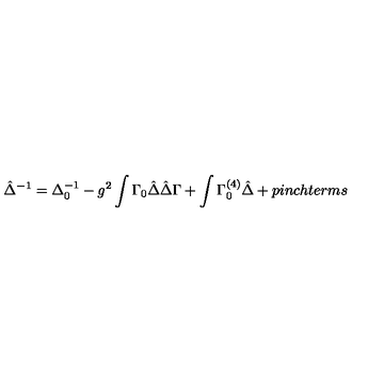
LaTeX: \hat { \Delta } ^ { - 1 } = \Delta _ { 0 } ^ { - 1 } - g ^ { 2 } \int \Gamma _ { 0 } \hat { \Delta } \hat { \Delta } \Gamma + \int \Gamma _ { 0 } ^ { ( 4 ) } \hat { \Delta } + p i n c h t e r m s